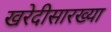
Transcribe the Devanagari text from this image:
खरेदीसारख्या